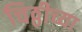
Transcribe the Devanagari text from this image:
चिठ्ठीच्या